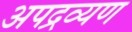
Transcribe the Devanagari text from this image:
अपद्रव्यण